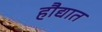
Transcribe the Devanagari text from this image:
हौद्यात